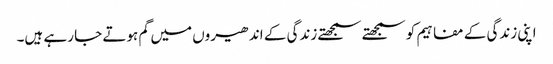
اپنی زندگی کے مفاہیم کو سمجھتے سمجھتے زندگی کے اندھیروں میں گم ہوتے جا رہے ہیں۔